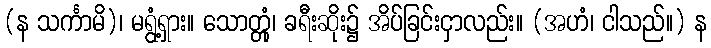
(န သင်္ကာမိ)၊ မရွံ့ရှား။ သောတ္တုံ၊ ခရီးဆိုး၌ အိပ်ခြင်းငှာလည်း။ (အဟံ၊ ငါသည်။) န